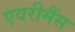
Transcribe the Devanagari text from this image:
एवरीमैंस